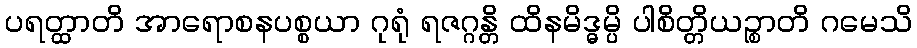
ပရတ္ထာတိ အာရောစနပစ္စယာ ဂုရုံ ရဇဂ္ဂန္တိ ထိနမိဒ္ဓမ္ပိ ပါစိတ္တိယဉ္စာတိ ဂမေသိ